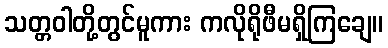
သတ္တဝါတို့တွင်မူကား ကလိုရိုဖီမရှိကြချေ။